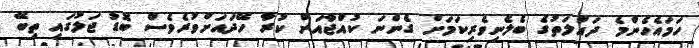
ހަމައެހެންމެ ދައުލަތުގެ ބެލެނިވެރިކަމަށް ގެންނަ ކުއްޖާއަށް ކުރާ ހޭދައަށްވުރެވެސް ބޮޑު ޖަލުގައި ތިބޭ